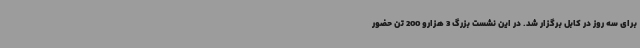
برای سه روز در کابل برگزار شد. در این نشست بزرگ 3 هزارو 200 تن حضور